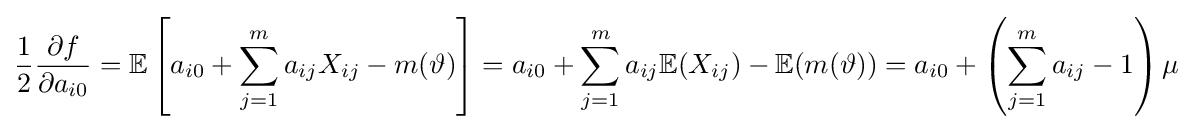
{\frac {1}{2}}{\frac {\partial f}{\partial a_{i0}}}=\mathbb {E} \left[a_{i0}+\sum _{j=1}^{m}a_{ij}X_{ij}-m(\vartheta )\right]=a_{i0}+\sum _{j=1}^{m}a_{ij}\mathbb {E} (X_{ij})-\mathbb {E} (m(\vartheta ))=a_{i0}+\left(\sum _{j=1}^{m}a_{ij}-1\right)\mu